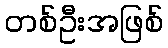
တစ်ဦးအဖြစ်